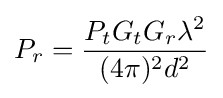
P_{r}={\frac {P_{t}G_{t}G_{r}\lambda ^{2}}{(4\pi )^{2}d^{2}}}